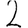
Digit: 2